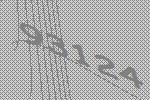
93124